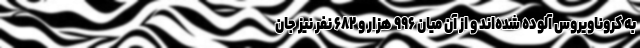
به کروناویروس آلوده شده‌اند و از آن میان ۹۹۶ هزار و ۶۸۲ نفر نیز جان